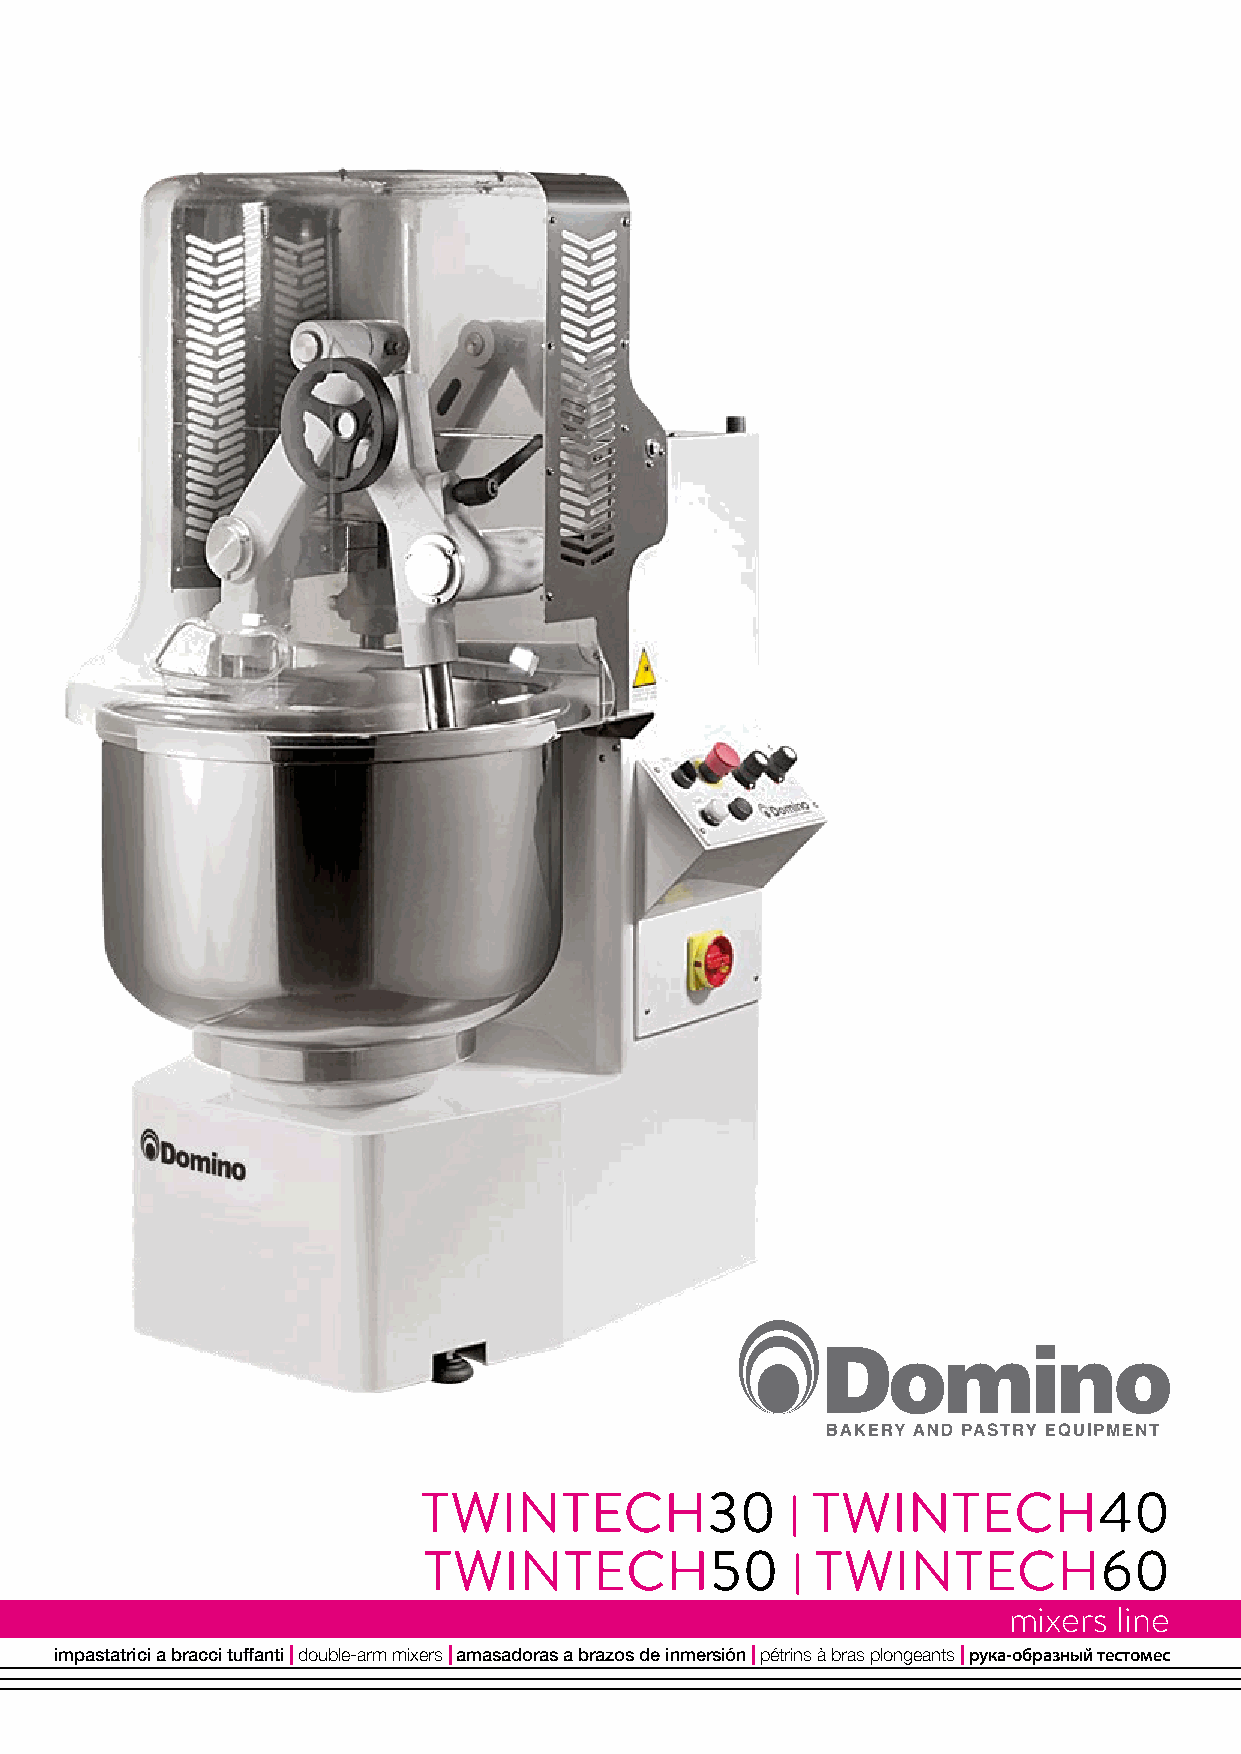
TWINTECH30                TWINTECH40
 |
 TWINTECH50                TWINTECH60
 |
 mixers line
 impastatrici a bracci tuffanti | double-arm mixers | amasadoras a brazos de inmersión | pétrins à bras plongeants | pука-образный тестомес